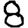
Digit: 8